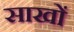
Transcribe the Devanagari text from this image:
साखों